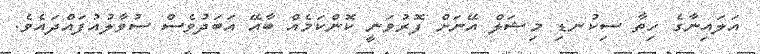
އަލައިނާގެ ހިތާ ސިކުނޑި މިޝަލް އޭނަށް ފޮރުވަނީ ކޮންކަމެއް ބާއޭ އަބަދުވެސް ސުވާލުއުފައްދައެވެ.